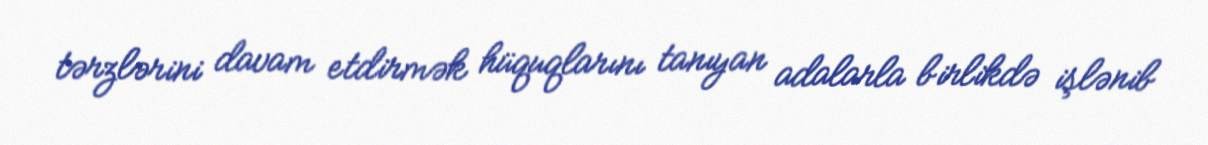
tərzlərini davam etdirmək hüquqlarını tanıyan adalarla birlikdə işlənib